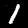
Label: 1